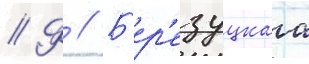
// Ф // Б'ер'езуцкаа